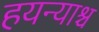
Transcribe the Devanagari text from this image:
हयन्याश्च